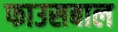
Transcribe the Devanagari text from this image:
फाउसबाल